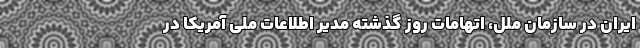
ایران در سازمان ملل، اتهامات روز گذشته مدیر اطلاعات ملی آمریکا در